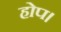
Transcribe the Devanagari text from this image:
होप।